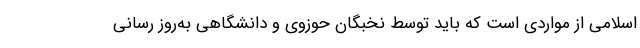
اسلامی از مواردی است که باید توسط نخبگان حوزوی و دانشگاهی به‌روز رسانی